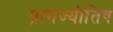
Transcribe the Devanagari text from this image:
प्रागज्योतिष